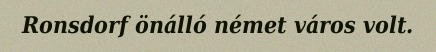
Ronsdorf önálló német város volt.